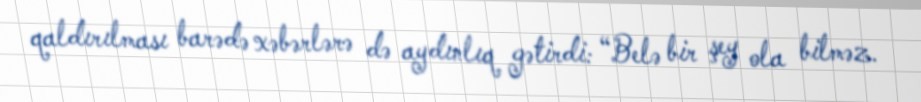
qaldırılması barədə xəbərlərə də aydınlıq gətirdi: “Belə bir şey ola bilməz.